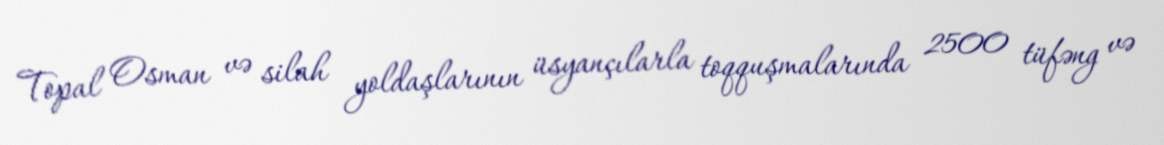
Topal Osman və silah yoldaşlarının üsyançılarla toqquşmalarında 2500 tüfəng və